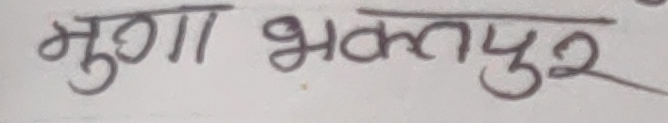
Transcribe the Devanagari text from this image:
मुगा भक्तपुर